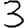
Digit: 3